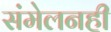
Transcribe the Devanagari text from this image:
संमेलनही